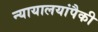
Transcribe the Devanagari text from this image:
न्यायालयांपैकी